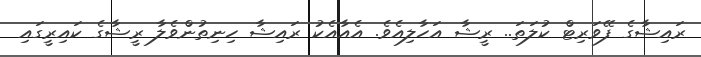
ރައިޝާގެ ފޭވަރިޓް ކުލަތަ.. ރީޝާ އަހާލިއެވެ. އެއާއެކު ރައިޝާ ހިނިތުންވެލާ ރީޝާގެ ކައިރީގައި